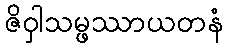
ဇိဝှါသမ္ဖဿာယတနံ